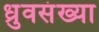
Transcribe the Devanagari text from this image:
ध्रुवसंख्या